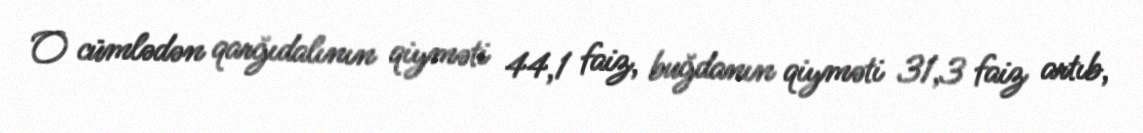
O cümlədən qarğıdalının qiyməti 44,1 faiz, buğdanın qiyməti 31,3 faiz artıb,